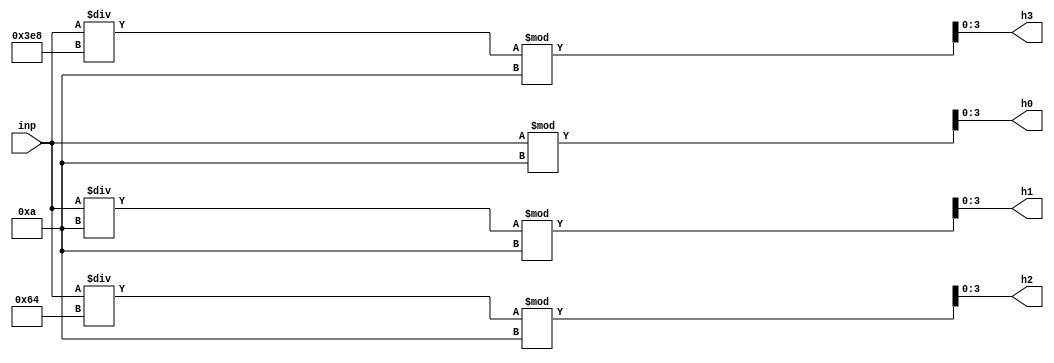
module oct_decode(inp,h3,h2,h1,h0);

input [13:0]inp;
output [3:0]h3;
output [3:0]h2;
output [3:0]h1;
output [3:0]h0;

assign h0=inp%10;
assign h1=(inp/10)%10;
assign h2=(inp/100)%10;
assign h3=(inp/1000)%10;

endmodule